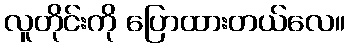
လူတိုင်းကို ပြောထားတယ်လေ။